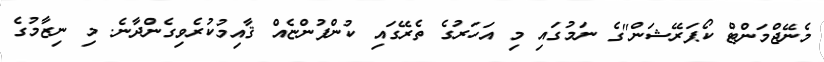
މެނޭޖްމަންޓް ކޯޕަރޭޝަން"ގެ ނަމުގައި މި އަހަރުގެ ތެރޭގައި ކުންފުންޏެއް ޤާއިމުކުރެވިގެންދާނެ. މި ނިޒާމުގެ